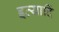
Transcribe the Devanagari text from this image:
इत्यादिं